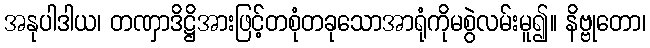
အနုပါဒါယ၊ တဏှာဒိဋ္ဌိအားဖြင့်တစုံတခုသောအာရုံကိုမစွဲလမ်းမူ၍။ နိဗ္ဗုတော၊